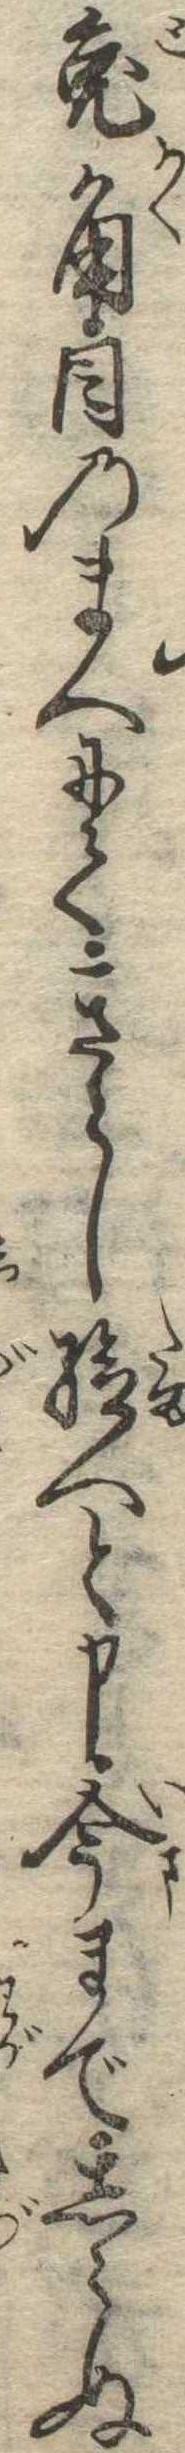
兎角目のまへにてきらし給へと申今までしらぬ